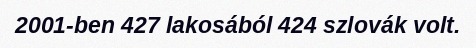
2001-ben 427 lakosából 424 szlovák volt.